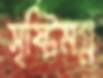
সৃষ্টিমগ্ন